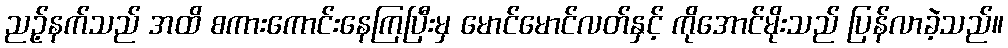
ညဉ့်နက်သည် အထိ စကားကောင်းနေကြပြီးမှ မောင်မောင်လတ်နှင့် ကိုအောင်မိုးသည် ပြန်လာခဲ့သည်။